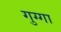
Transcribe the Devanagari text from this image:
गुग्गा